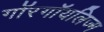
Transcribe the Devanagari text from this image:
गॉरगॉयलिज्म